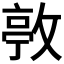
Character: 𢾛